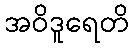
အဝိဒူရေတိ